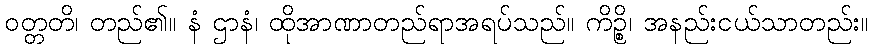
ဝတ္တတိ၊ တည်၏။ နံ ဌာနံ၊ ထိုအာဏာတည်ရာအရပ်သည်။ ကိဉ္စိ၊ အနည်းငယ်သာတည်း။